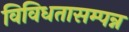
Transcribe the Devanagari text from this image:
विविधतासम्पन्न